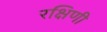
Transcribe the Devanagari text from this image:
रक्षिणी